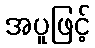
အပူဖြင့်